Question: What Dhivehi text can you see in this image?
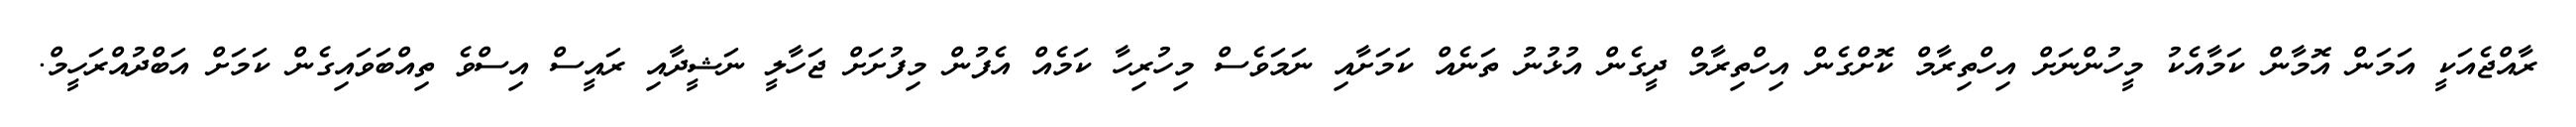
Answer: ރާއްޖެއަކީ އަމަން އޮމާން ކަމާއެކު މީހުންނަށް އިހްތިރާމް ކޮށްގެން އިހްތިރާމް ދީގެން އުޅުނު ތަނެއް ކަމަށާއި ނަމަވެސް މިހުރިހާ ކަމެއް އެފުން މިފުށަށް ޖަހާލީ ނަޝީދާއި ރައީސް އިސްވެ ތިއްބަވައިގެން ކަމަށް އަބްދުއްރަހީމް.